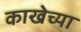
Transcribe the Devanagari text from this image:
काखेच्या